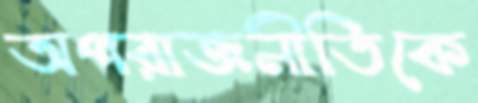
অপরাজনীতিকে